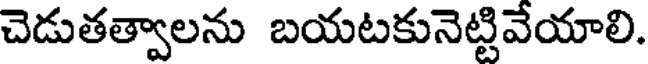
చెడుతత్వాలను బయటకునెట్టివేయాలి.